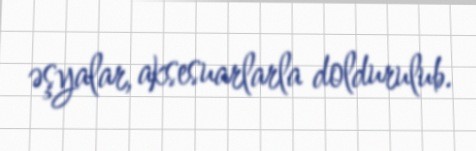
əşyalar, aksesuarlarla doldurulub.